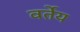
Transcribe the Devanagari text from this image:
वर्तेय